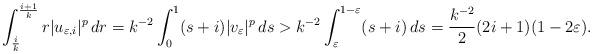
LaTeX: \begin{align*}\int_{\frac{i}{k}}^{\frac{i+1}{k}} r |u_{\varepsilon,i}|^p \, dr = k^{-2} \int_0^1 (s+i) |v_\varepsilon|^p \, ds> k^{-2} \int_\varepsilon^{1-\varepsilon} (s+i)\, ds = \frac{k^{-2}}{2}(2i+1)(1-2 \varepsilon).\end{align*}